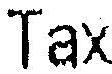
TAX